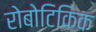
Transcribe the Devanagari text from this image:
रोबोटिकिक